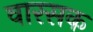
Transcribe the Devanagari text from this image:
वारसक